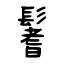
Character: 鬐